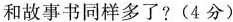
和故事书同样多了？（4分）